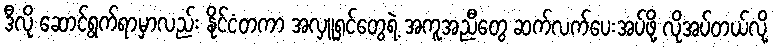
ဒီလို ဆောင်ရွက်ရာမှာလည်း နိုင်ငံတကာ အလှူရှင်တွေရဲ့ အကူအညီတွေ ဆက်လက်ပေးအပ်ဖို့ လိုအပ်တယ်လို့